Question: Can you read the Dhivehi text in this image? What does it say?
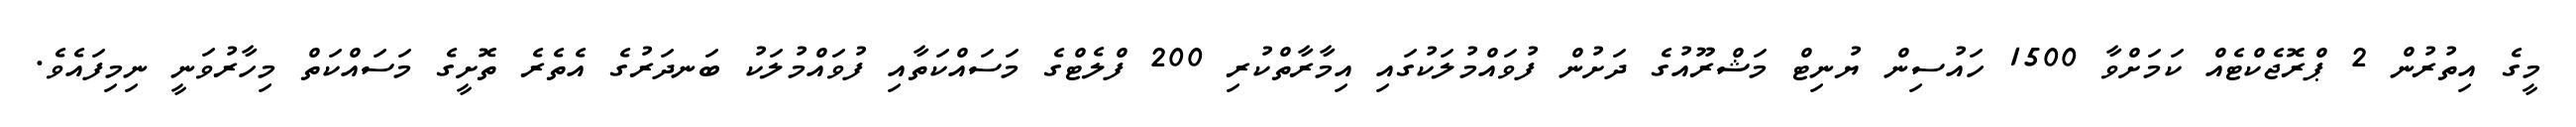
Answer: މީގެ އިތުރުން 2 ޕްރޮޖެކްޓެއް ކަމަށްވާ 1500 ހައުސިން ޔުނިޓް މަޝްރޫއުގެ ދަށުން ފުވައްމުލަކުގައި އިމާރާތްކުރި 200 ފްލެޓްގެ މަސައްކަތާއި ފުވައްމުލަކު ބަނދަރުގެ އެތެރެ ތޮށީގެ މަސައްކަތް މިހާރުވަނީ ނިމިފައެވެ.